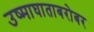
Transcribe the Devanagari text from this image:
उष्माघाताबरोबर